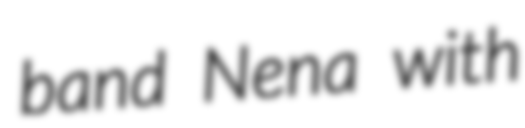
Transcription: band Nena with